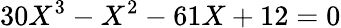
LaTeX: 30X^{3}-X^{2}-61X+12=0